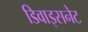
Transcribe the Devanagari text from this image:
डिवाइसनेट